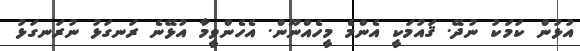
އުޅުން ކަމަކު ނުދޭ. ޤައުމަކީ އެންމެ މީހެއްނޫން. އެހެންވީމާ އުޅޭނެ ރަނގަޅު ނުރަނގަޅު